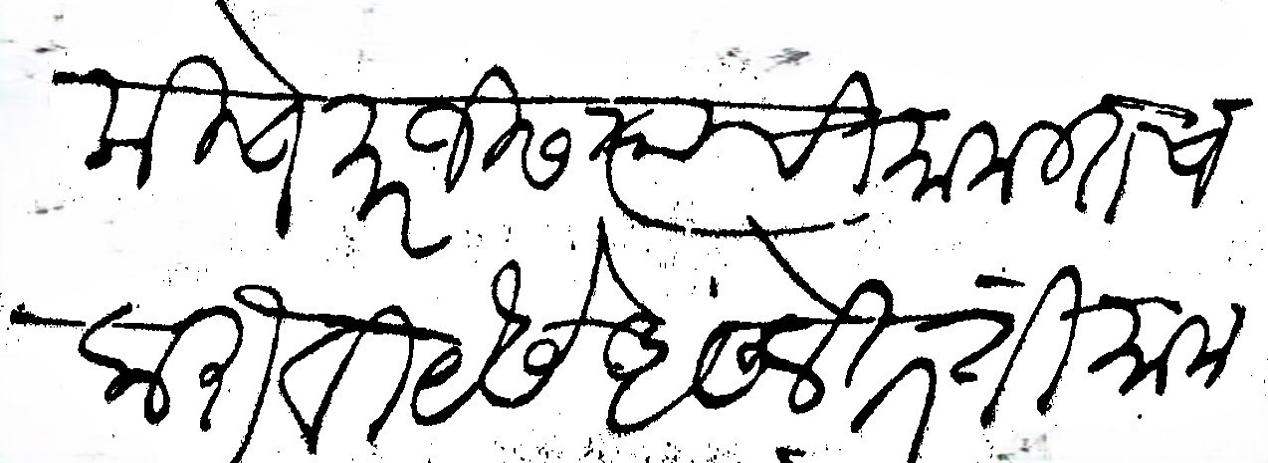
Transliteration (Devanagari): स्वामीचे मरजीस त्याची मामलतच करावी यसे असले तर ती